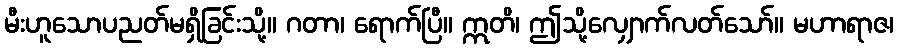
မီးဟူသောပညတ်မရှိခြင်းသို့။ ဂတာ၊ ရောက်ပြီ။ ဣတိ၊ ဤသို့လျှောက်လတ်သော်။ မဟာရာဇ၊